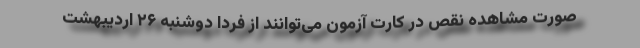
صورت مشاهده نقص در کارت آزمون می‌توانند از فردا دوشنبه ۲۶ اردیبهشت